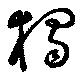
独